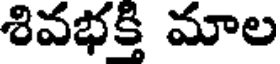
శివభక్తి మాల